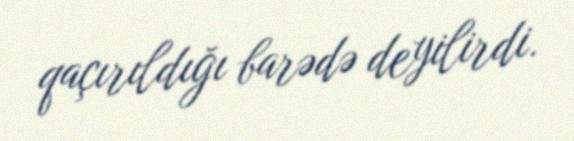
qaçırıldığı barədə deyilirdi.